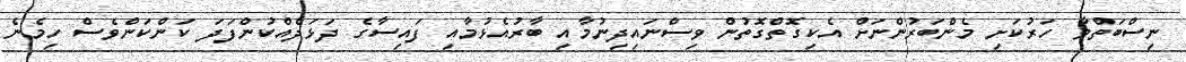
ނިސްބަތްވާ ހަރުކަށި މެންބަރުންނަށް އެކިގޮތްގޮތުން ވިސްނައިދިނުމާއި ބާރުއެޅުމާއި ފައިސާގެ ދަޅަދެއްކުންފަދަ ކަންކަންވެސް ހިމެނެ